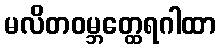
မလိတဝမ္ဘတ္ထေရဂါထာ